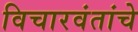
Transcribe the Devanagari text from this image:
विचारवंतांचे